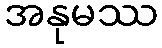
အနုမဿ